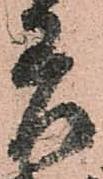
差